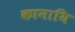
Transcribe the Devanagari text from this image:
कानायि